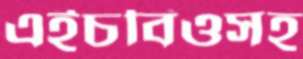
এইচবিওসহ